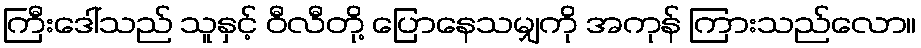
ကြီးဒေါ်သည် သူနှင့် ဝီလီတို့ ပြောနေသမျှကို အကုန် ကြားသည်လော။